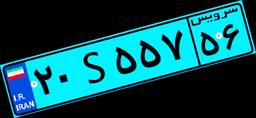
۹۰S۲۱۰۰۴